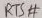
Text: RTS#